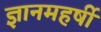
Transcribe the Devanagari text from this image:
ज्ञानमहर्षी